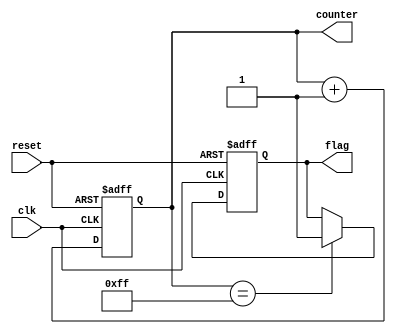
module ClockCycleInitialization (
    input wire clk,          // Clock signal
    input wire reset,        // Reset signal
    output reg [7:0] counter, // Example internal state signal (counter)
    output reg flag          // Example internal state signal (flag)
);

    // Initial values for the internal state signals
    initial begin
        counter = 8'b00000000; // Initialize counter to 0
        flag = 1'b0;           // Initialize flag to 0
    end

    // Asynchronous reset and clock edge detection
    always @(posedge clk or posedge reset) begin
        if (reset) begin
            // Reset condition: Initialize internal state variables
            counter <= 8'b00000000; // Reset counter to 0
            flag <= 1'b0;           // Reset flag to 0
        end else begin
            // Normal operation: Update state variables
            counter <= counter + 1; // Increment counter on each clock cycle
            // Additional logic can be added here for flag or other state updates
            if (counter == 8'b11111111) begin
                flag <= 1'b1; // Set flag when counter reaches maximum value
            end
        end
    end

endmodule